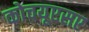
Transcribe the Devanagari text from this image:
कोचयूएसए